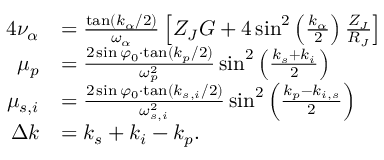
\begin{array} { r l } { { 4 } \nu _ { \alpha } } & { = \frac { \tan ( k _ { \alpha } / 2 ) } { \omega _ { \alpha } } \left[ Z _ { J } G + 4 \sin ^ { 2 } \left( \frac { k _ { \alpha } } { 2 } \right) \frac { Z _ { J } } { R _ { J } } \right] } \\ { \mu _ { p } } & { = \frac { 2 \sin \varphi _ { 0 } \cdot \tan ( k _ { p } / 2 ) } { \omega _ { p } ^ { 2 } } \sin ^ { 2 } \left( \frac { k _ { s } + k _ { i } } { 2 } \right) } \\ { \mu _ { s , i } } & { = \frac { 2 \sin \varphi _ { 0 } \cdot \tan ( k _ { s , i } / 2 ) } { \omega _ { s , i } ^ { 2 } } \sin ^ { 2 } \left( \frac { k _ { p } - k _ { i , s } } { 2 } \right) } \\ { \Delta k } & { = k _ { s } + k _ { i } - k _ { p } . } \end{array}